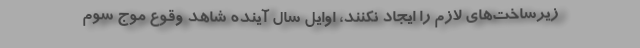
زیرساخت‌های لازم را ایجاد نکنند، اوایل سال آینده شاهد وقوع موج سوم